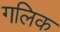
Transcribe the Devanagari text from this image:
गलिक